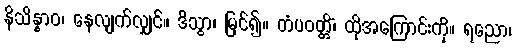
နိသိန္နာဝ၊ နေလျက်လျှင်။ ဒိသွာ၊ မြင်၍။ တံပဝတ္တိံ၊ ထိုအကြောင်းကို။ ရညော၊